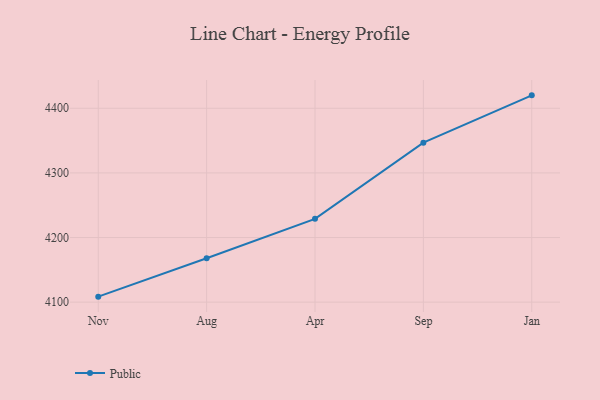
{"axis": {"x": "Month", "y": "Shipments"}, "legend": ["Public"], "data": [{"x": "Nov", "y": 4108.5, "type": "Public"}, {"x": "Aug", "y": 4168.0, "type": "Public"}, {"x": "Apr", "y": 4228.9, "type": "Public"}, {"x": "Sep", "y": 4346.8, "type": "Public"}, {"x": "Jan", "y": 4420.0, "type": "Public"}]}